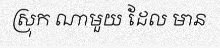
ស្រុក ណាមួយ ដែល មាន